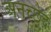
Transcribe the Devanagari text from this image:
अनच्छेद